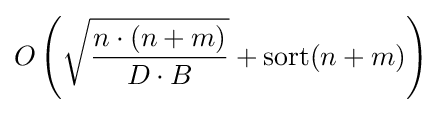
O\left({\sqrt {\frac {n\cdot (n+m)}{D\cdot B}}}+\operatorname {sort} (n+m)\right)